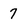
Character: 7